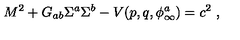
M ^ { 2 } + G _ { a b } \Sigma ^ { a } \Sigma ^ { b } - V ( p , q , \phi _ { \infty } ^ { a } ) = c ^ { 2 } \ ,